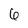
Character: 6